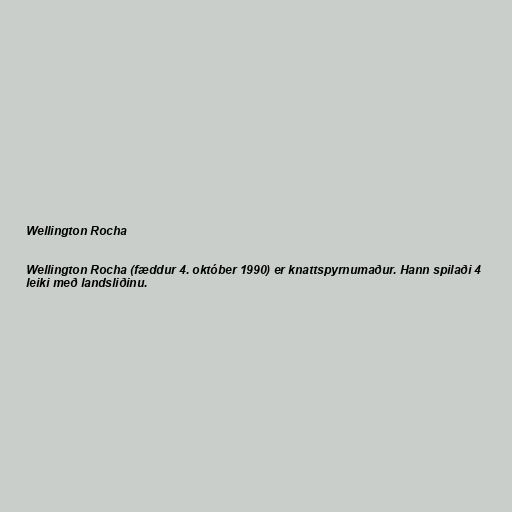
Wellington Rocha

Wellington Rocha (fæddur 4. október 1990) er knattspyrnumaður. Hann spilaði 4
leiki með landsliðinu.